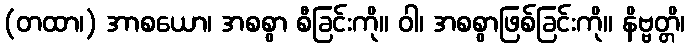
(တထာ၊) အာစယော၊ အစစွာ စီခြင်းကို။ ဝါ၊ အစစွာဖြစ်ခြင်းကို။ နိဗ္ဗတ္တိ၊